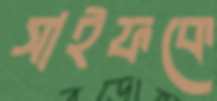
সাইফকে